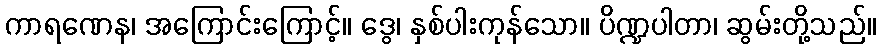
ကာရဏေန၊ အကြောင်းကြောင့်။ ဒွေ၊ နှစ်ပါးကုန်သော။ ပိဏ္ဍပါတာ၊ ဆွမ်းတို့သည်။